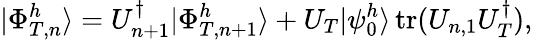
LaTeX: |\Phi_{T,n}^{h}\rangle=U_{n+1}^{\dagger}|\Phi_{T,n+1}^{h}\rangle+U_{T}|\psi_{0}^{h}\rangle\operatorname{tr}(U_{n,1}U_{T}^{\dagger}),